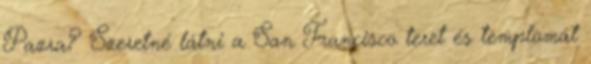
Pazra? Szeretné látni a San Francisco teret és templomát